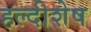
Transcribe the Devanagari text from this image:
हल्दीशेष